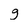
Character: g